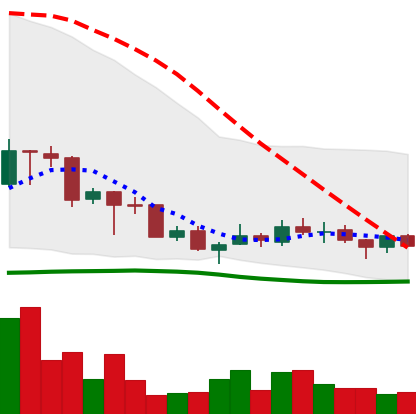
Ticker: TRX-USD
Chart end date: 2018-07-08
Forward return: -10.135%
Label: down_7plus